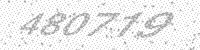
Solution: 480719